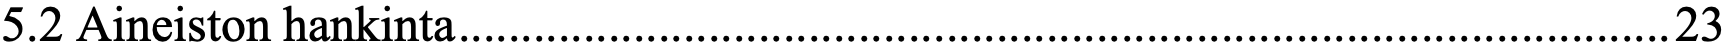
5.2 Aineiston hankinta ................................................................................................. 23